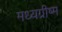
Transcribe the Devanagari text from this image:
मध्यग्रीष्म